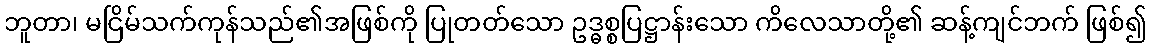
ဘူတာ၊ မငြိမ်သက်ကုန်သည်၏အဖြစ်ကို ပြုတတ်သော ဥဒ္ဓစ္စပြဋ္ဌာန်းသော ကိလေသာတို့၏ ဆန့်ကျင်ဘက် ဖြစ်၍